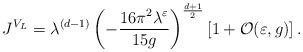
LaTeX: \begin{align*}J^{V_L}=\lambda^{(d-1)} \left(-\frac{16\pi^2 \lambda^{\varepsilon}}{15g} \right)^{\frac{d+1}{2}} [1+{\cal O}(\varepsilon,g)] \, .\end{align*}